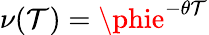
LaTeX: \nu(\mathcal{T})=\phie^{-\theta\mathcal{T}}